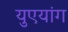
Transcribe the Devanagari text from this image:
युएयांग